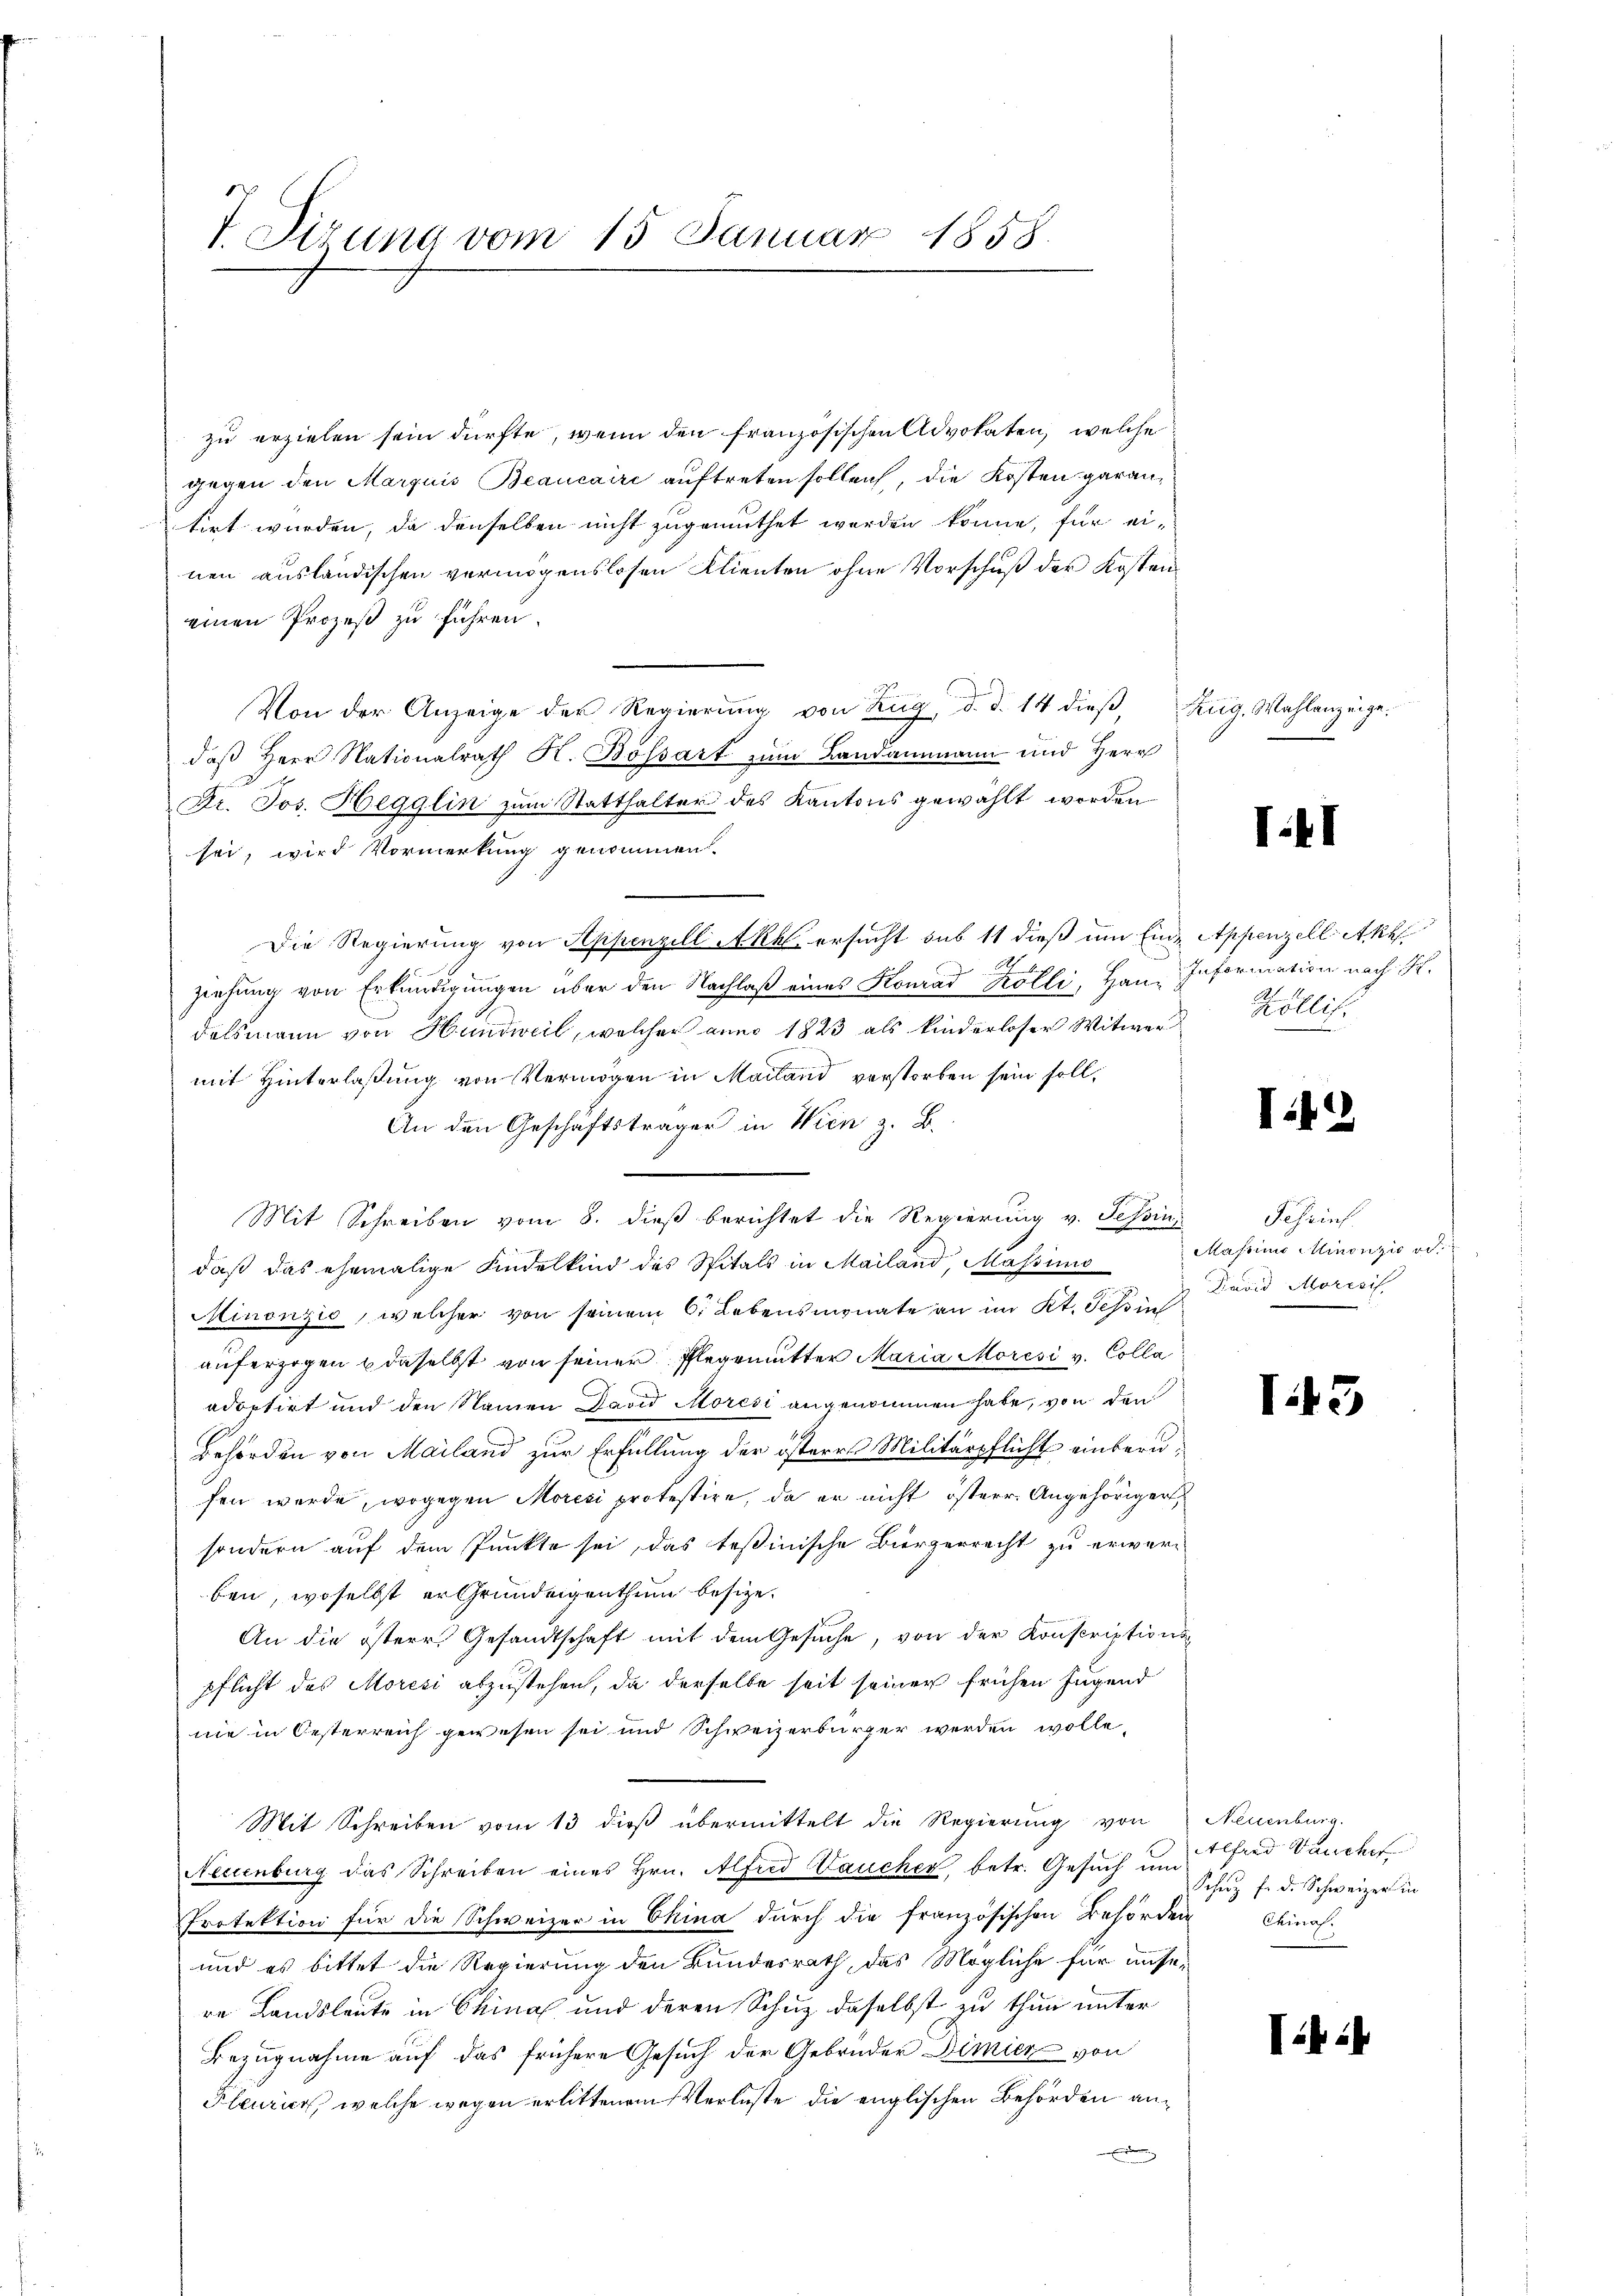
7 Tirung vom 15. Januar 1858.

zu erzielen sein dürfte, wenn den französischen Advokaten, welche
gegen den Marquis Beaucaire auftreten sollen, die Kosten garantirt wurden, da denselben nicht zugemuthet worden könne, für einen ausländischen vermögenslosen Klienten ohne Vorschuß der Kosten
einen Prozeß zu führen.
d
Von der Anzeige der Regierung von Zŭg, d. d. 14 dieβ, Zug, Wahlanzeige.
daß Herr Nationalrath K. Bossart zum Landammann und Herr
Dr. Jos. Hegglin zum Statthalter des Kantons gewählt worden
sei, wird Vormerkung genommen.
Die Regierung von Appenzell Akk ersucht sub 11 dieß um Ende Appenzell Akte
h
ziehung von Erkundigungen über den Nachlaß eines Konrad Kölli, Han- Information nach S.
delsmann von Hundweil, welcher anno 1823 als kinderloser Witwer Köllis.
mit Hinterlaßung von Vermögen in Mailand verstorben sein soll,
An den Geschäftsträger in Wien z. B.
Mit Schreiben vom 8. dieß berichtet die Regierung v. Schini Schrief
daß das ehemalige Kindelkind des Spitals in Mailand, Massimis Masino Minonzić od.
Minonzić, welcher von seinem 6. Lebensmonate an im Kt. Tessin
auferzogen u daselbst von seiner Pflegemutter Maria Moresi v. Colla
adoptirt und den Namen David Moresi angenommen habe, von den
Behörden von Mailand zur Erfüllung der österes Militärpflicht einberufen werde, wogegen Moresi protestire, da er nicht österr. Angehörigert
sondern auf dem Punkte sei, das Teßinische Bürgerrecht zu erwer-
ben, woselbst er Grundeigenthum besize.
An die östere Gesandtschaft mit dem Gesuche, von der Konscriptionspflicht des Moresi abzustehen, da derselbe seit seiner frühen Jugend
nie in Oesterreich gewesen sei und Schweizerbürger werden wolle,
Mit Schreiben vom 13 dieβ übermittelt die Regierung von Neuenburg.
Neuenburg das Schreiben eines Hrn. Alfred Laucher, betr. Gesuch um
Protektion für die Schweizer in China durch die französischen Behörden Chinos
und es bittet die Regierung den Bundesrath, das Mögliche für unsere Landsleute in Chinal und deren Schuz, daselbst zu thun unter
Bezugnahme auf das frühere Gesuch der Gebrüder Dimier von
Pleurier, welche wegen erlittenem Verluste die englischen Behörden ande

I.11

I413

David Morizis

143

:4

Alfred Manches
Schutz fr. d. Schweizer in